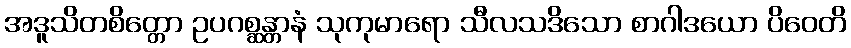
အဒူသိတစိတ္တော ဥပဂစ္ဆန္တာနံ သုကုမာရော သီလသဒိသော စာဂါဒယော ပိဝေတိ